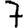
Digit: 7